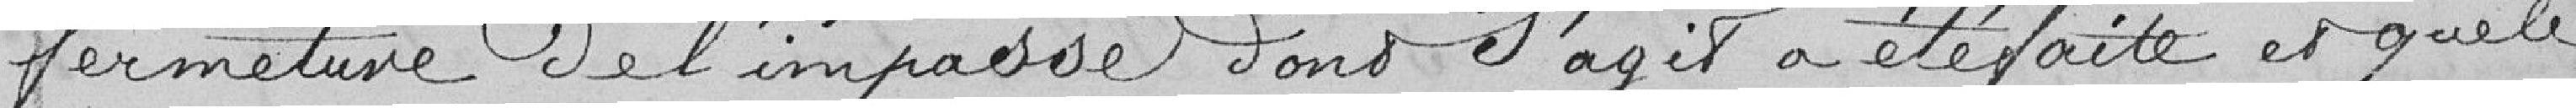
fermeture de l'impasse dont s'agit a été faite et que le